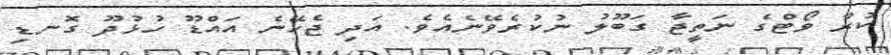
ކުރާ ވޯޓްގެ ނަތީޖާ ގަބޫލު ނުކުރެވޭނެއެވެ. އަދި ޖެހޭނެ އައްޑޫ ހުޅުދޫ ގޮނޑި